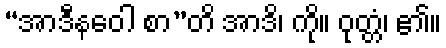
“အာဒီနဝေါ စာ”တိ အာဒိ၊ ကို။ ဝုတ္တံ၊ ၏။